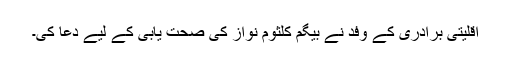
اقلیتی برادری کے وفد نے بیگم کلثوم نواز کی صحت یابی کے لیے دعا کی۔